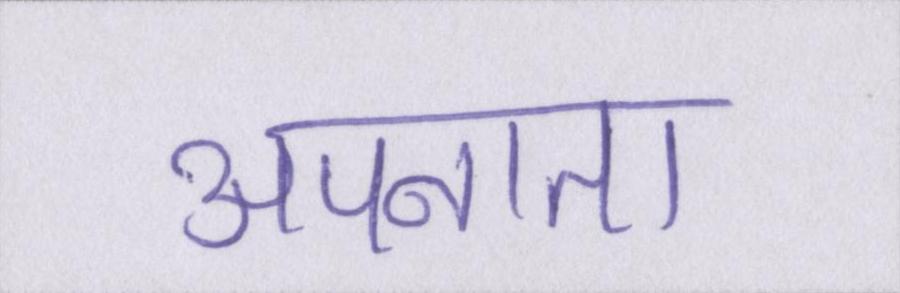
अपनाता